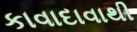
કાવાદાવાથી